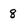
Character: 8